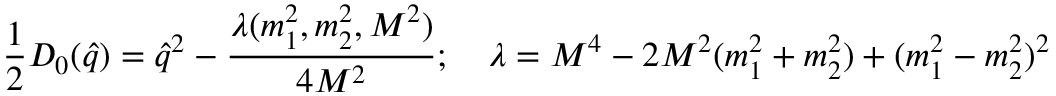
{ \frac { 1 } { 2 } } D _ { 0 } ( { \hat { q } } ) = { \hat { q } } ^ { 2 } - { \frac { \lambda ( m _ { 1 } ^ { 2 } , m _ { 2 } ^ { 2 } , M ^ { 2 } ) } { 4 M ^ { 2 } } } ; \quad \lambda = M ^ { 4 } - 2 M ^ { 2 } ( m _ { 1 } ^ { 2 } + m _ { 2 } ^ { 2 } ) + ( m _ { 1 } ^ { 2 } - m _ { 2 } ^ { 2 } ) ^ { 2 }